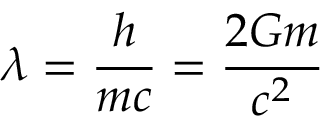
\lambda = { \frac { h } { m c } } = { \frac { 2 G m } { c ^ { 2 } } }